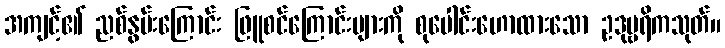
အကျင့်၏ ညစ်နွမ်းကြောင်း ဖြူစင်ကြောင်းများကို စုပေါင်းဟောထားသော ဥဒုမ္ဗရိကသုတ်။